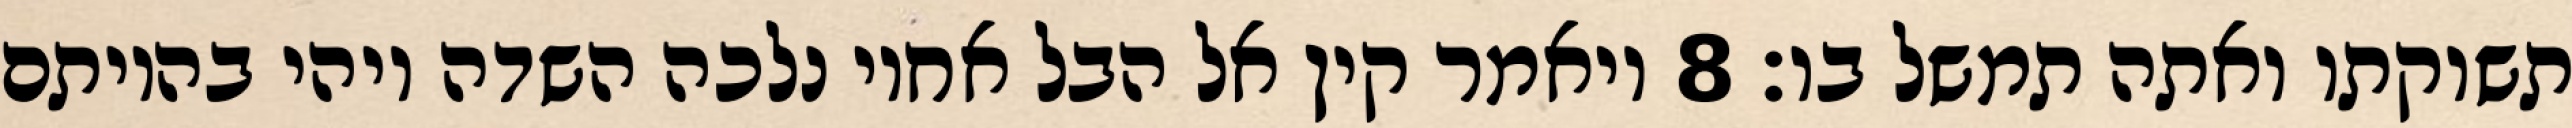
תשוקתו ואתה תמשל בו׃ ‎8‏ ויאמר קין אל הבל אחיו נלכה השדה ויהי בהיותם